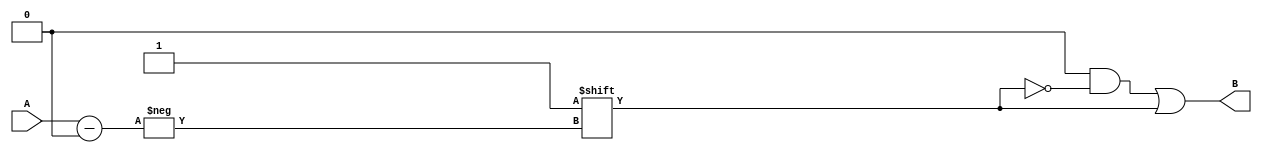
`timescale 1ns / 1ps
//////////////////////////////////////////////////////////////////////////////////
// Company: 
// Engineer: 
// 
// Design Name: 
// Module Name: decoder_3X8
// Project Name: 
// Target Devices: 
// Tool Versions: 
// Description: 
// 
// Dependencies: 
// 
// Revision:
// Revision 0.01 - File Created
// Additional Comments:
// 
//////////////////////////////////////////////////////////////////////////////////


module decoder_3X8(A,B);
input [2:0] A;
output reg [7:0] B;

always @(A)
begin
    B=8'b0;
    B[A]=1'b1;
end    
endmodule